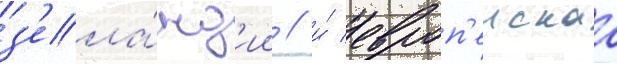
з'ела́нд'ии / и́ европ'еискаа